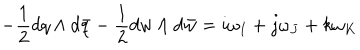
- { \frac { 1 } { 2 } } d q \wedge d \bar { q } - { \frac { 1 } { 2 } } d w \wedge d \bar { w } = i \omega _ { I } + j \omega _ { J } + k \omega _ { K }